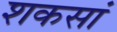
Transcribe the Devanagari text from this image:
शकसां